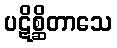
ပဋိစ္ဆိတာသေ